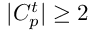
| C _ { p } ^ { t } | \geq 2